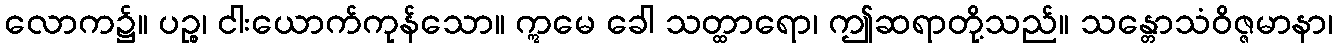
လောက၌။ ပဉ္စ၊ ငါးယောက်ကုန်သော။ ဣမေ ခေါ သတ္ထာရော၊ ဤဆရာတို့သည်။ သန္တောသံဝိဇ္ဇမာနာ၊